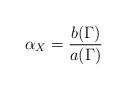
LaTeX: \begin{align*}\alpha_X=\frac{b(\Gamma)}{a(\Gamma)}\end{align*}